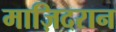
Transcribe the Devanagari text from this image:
माज़िदरान